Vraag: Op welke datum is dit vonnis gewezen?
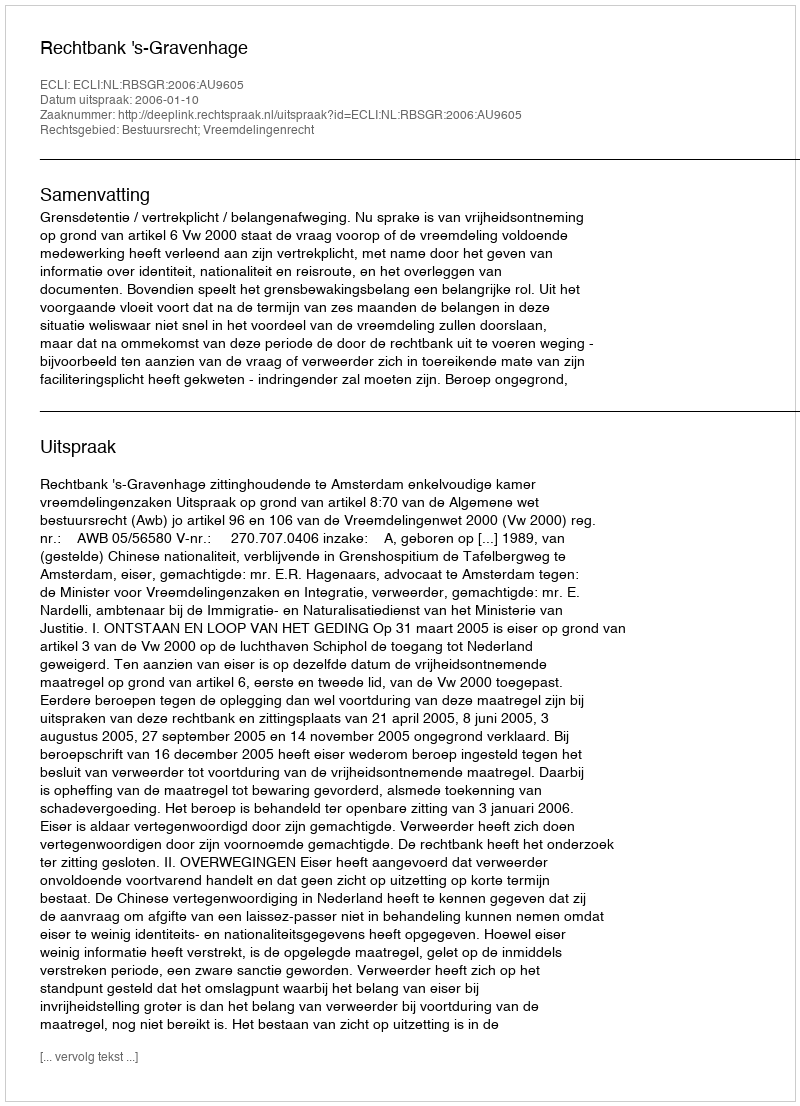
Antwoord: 2006-01-10